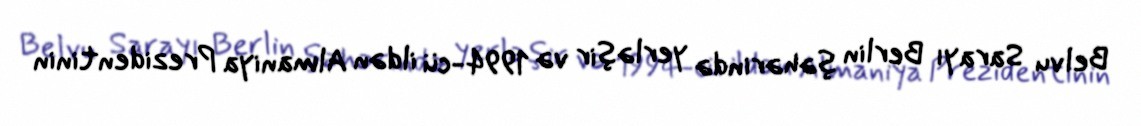
Belvu Sarayı Berlin şəhərində yerləşir və 1994-cü ildən Almaniya Prezidentinin